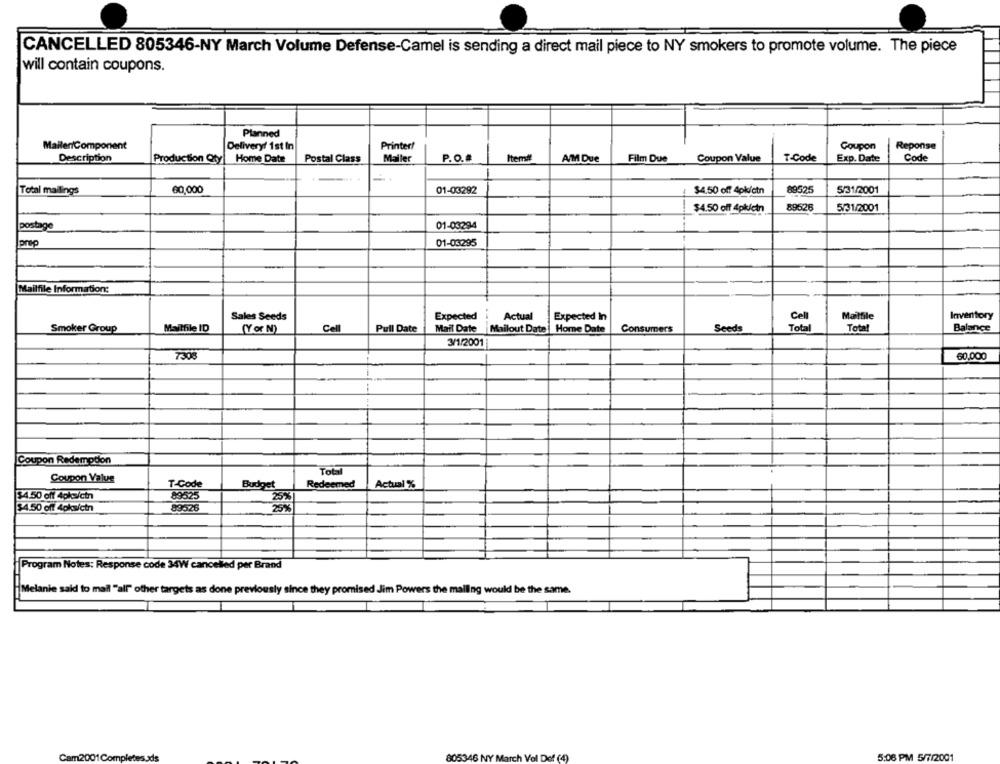
CANCELLED 805346-NY March Volume Defense-Camel is sending a direct mail piece to NY smokers to promote volume. The piece
will contain coupons.
Planned
Mailen/Component
Delivery! 1st In
Printer!
Coupon
Reponse
Description
Production Qty| Home Date
Postal Class
Mailer
P.O.#
Items
AM Due
Film Due
Coupon Value
T-Code
Exp. Date
Code
Total mailings
60,000
01-03292
$4.50 off 4pk/ctn
89525
5/31/2001
5/31/2001
$4.50 off 4pk/cin
89626
postage
01-03294
Iprep
01-03295
Mailfile Information:
Inventory
Sales Seeds
Expected
- -
Actual
Expected In
Cell
Mailfile
Smoker Group
Mailfile ID
(Y or N)
Cell
Pull Date
Mail Date |Mailout Date | Home Date
Consumers
Seeds
Total
Total
Balance
3/1/2001
7308
60,000
Coupon Redemption
Total
Coupon Value
T-Code
Budget
Redeemed
Actual %
$4.50 off 4pksictn
25%
$4.50 off 4pkw/ctn
25%
Program Notes: Response code 34W cancelled per Brand
Melanie said to mail "all" other targets as done previously since they promised Jim Powers the malling would be the same.
805346 NY March Vol Def (4)
5:06 PM 5/7/2001
Cam2001Completes ads